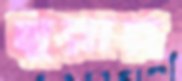
মুরায়